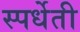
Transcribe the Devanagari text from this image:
स्पर्धेती